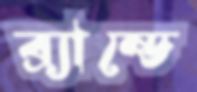
ব্র্যান্ডে